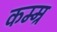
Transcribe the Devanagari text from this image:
कम्म्र